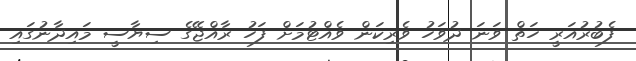
ފެބުރުއަރީ ހަތް ވަނަ ދުވަހު ވެރިކަން ވެއްޓުމަށް ފަހު ރާއްޖޭގެ ސިޔާސީ މައިދާނުގައި